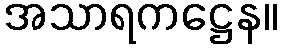
အသာရကဋ္ဌေန။